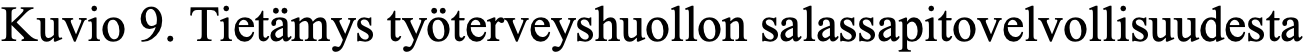
Kuvio 9. Tietämys työterveyshuollon salassapitovelvollisuudesta